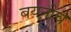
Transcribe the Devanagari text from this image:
बयनीचे